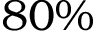
8 0 \%